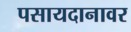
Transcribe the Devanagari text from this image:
पसायदानावर